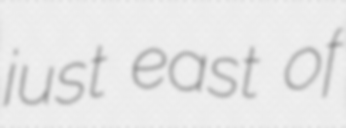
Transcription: just east of